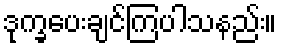
ဒုက္ခပေးချင်ကြပါသနည်း။